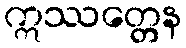
ဣဿတ္တေန